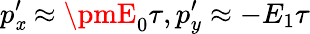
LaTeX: p_{\mathit{x}}^{\prime}\approx\pmE_{0}\tau,p_{y}^{\prime}\approx-E_{1}\tau